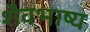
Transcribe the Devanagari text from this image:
शैवभाष्य